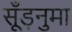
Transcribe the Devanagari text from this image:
सूँड़नुमा